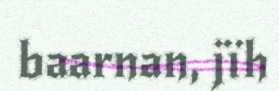
baarnan, jïh